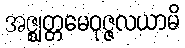
အဇ္ဈတ္တမေဝုဇ္ဇလယာမိ